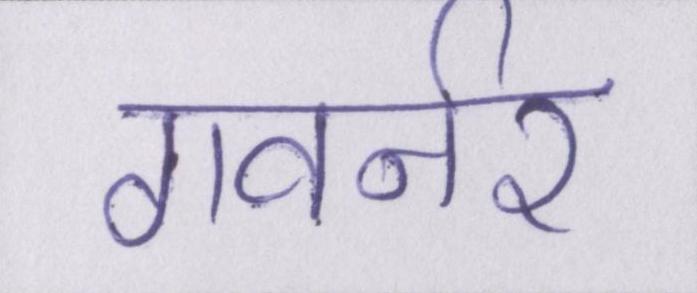
गवर्नर